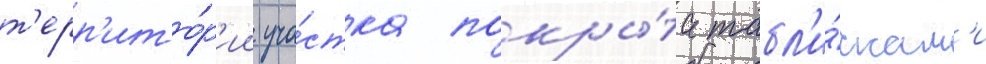
т'ерр'ито́р'ии уча́стка покры́та табл'и́чкам'и